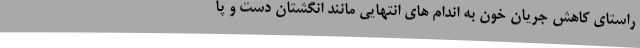
راستای کاهش جریان خون به اندام های انتهایی مانند انگشتان دست و پا